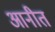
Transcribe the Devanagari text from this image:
आनीत